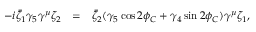
\begin{array} { l c l } { { - i \bar { \zeta } _ { 1 } \gamma _ { 5 } \gamma ^ { \mu } \zeta _ { 2 } } } & { { = } } & { { \bar { \zeta } _ { 2 } ( \gamma _ { 5 } \cos 2 \phi _ { C } + \gamma _ { 4 } \sin 2 \phi _ { C } ) \gamma ^ { \mu } \zeta _ { 1 } , } } \end{array}